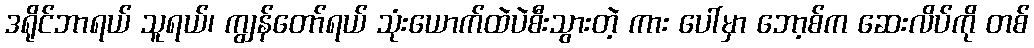
ဒရိုင်ဘာရယ် သူရယ်၊ ကျွန်တော်ရယ် သုံးယောက်ထဲပဲစီးသွားတဲ့ ကား ပေါ်မှာ ဘော့စ်က ဆေးလိပ်ကို တစ်